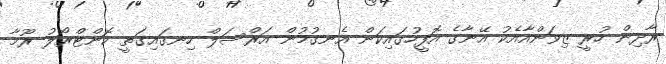
ރާދިން ހުރީ ޒިވަންއާއެކު އޭނާގެ އޮފީހުގައިކަން އެނގުމުން އަރްސަލް ހިނގައިގަތީ ކޮންޓްރޯލު ރޫމާ